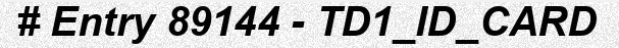
# Entry 89144 - TD1_ID_CARD